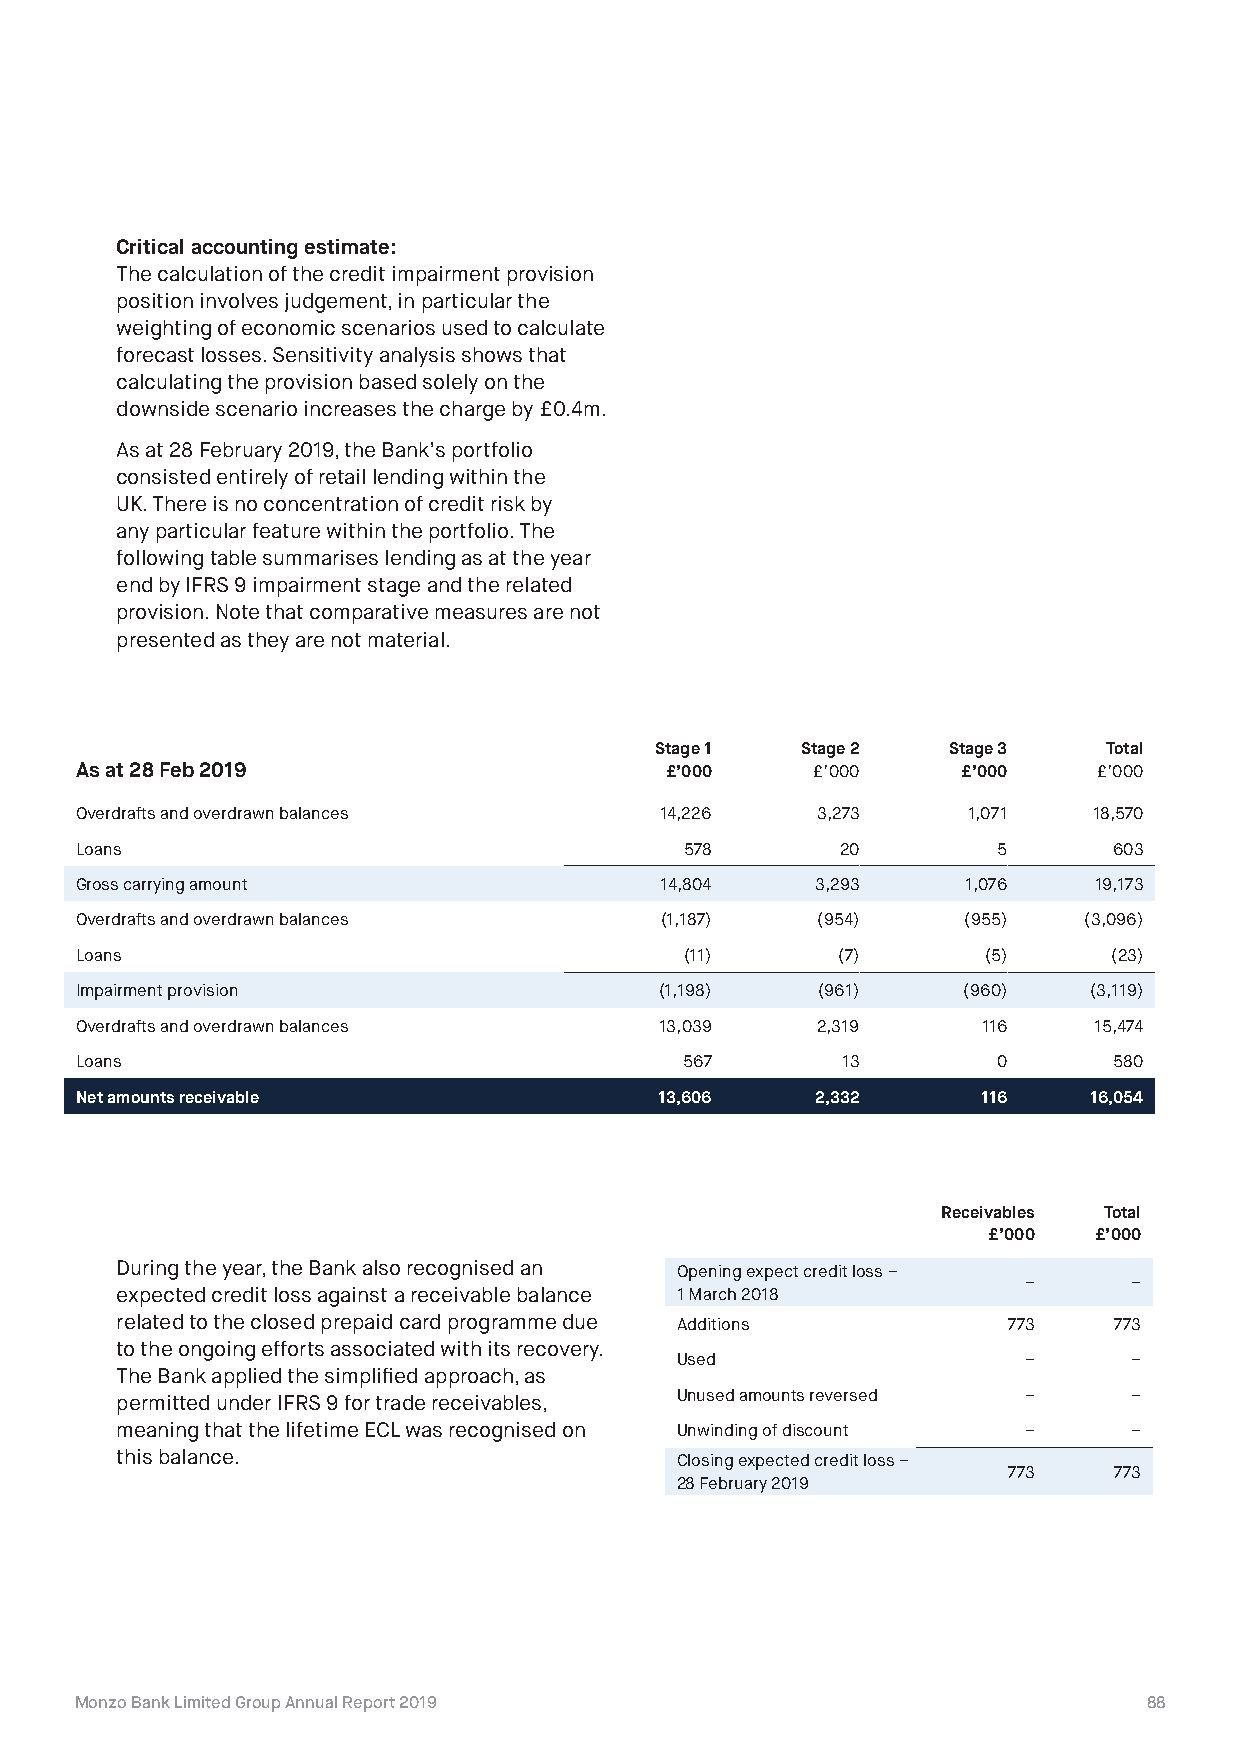
Critical accounting estimate:
 The calculation of the credit impairment provision
 position involves judgement, in particular the
 weighting of economic scenarios used to calculate
 forecast losses. Sensitivity analysis shows that
 calculating the provision based solely on the
 downside scenario increases the charge by £0.4m.
 As at 28 February 2019, the Bank’s portfolio
 consisted entirely of retail lending within the
 UK. There is no concentration of credit risk by
 any particular feature within the portfolio. The
 following table summarises lending as at the year
 end by IFRS 9 impairment stage and the related
 provision. Note that comparative measures are not
 presented as they are not material.
 Stage 1   Stage 2   Stage 3   Total
 As at 28 Feb 2019                      £’000     £’000     £’000    £’000
 Overdrafts and overdrawn balances      14,226    3,273     1,071   18,570
 Loans                                   578        20        5       603
 Gross carrying amount                  14,804    3,293     1,076   19,173
 Overdrafts and overdrawn balances      (1,187)   (954)     (955)   (3,096)
 Loans                                   (11)      (7)       (5)      (23)
 Impairment provision                   (1,198)   (961)     (960)   (3,119)
 Overdrafts and overdrawn balances      13,039    2,319      116    15,474
 Loans                                   567        13        0       580
 Net amounts receivable                 13,606    2,332      116    16,054
 Receivables Total
 £’000  £’000
 During the year, the Bank also recognised an Opening expect credit loss –
 –      –
 expected credit loss against a receivable balance 1 March 2018
 related to the closed prepaid card programme due Additions 773    773
 to the ongoing efforts associated with its recovery.
 Used                   –      –
 The Bank applied the simplified approach, as
 Unused amounts reversed –     –
 permitted under IFRS 9 for trade receivables,
 meaning that the lifetime ECL was recognised on Unwinding of discount – –
 this balance.                        Closing expected credit loss –
 773    773
 28 February 2019
 Monzo Bank Limited Group Annual Report 2019                            88